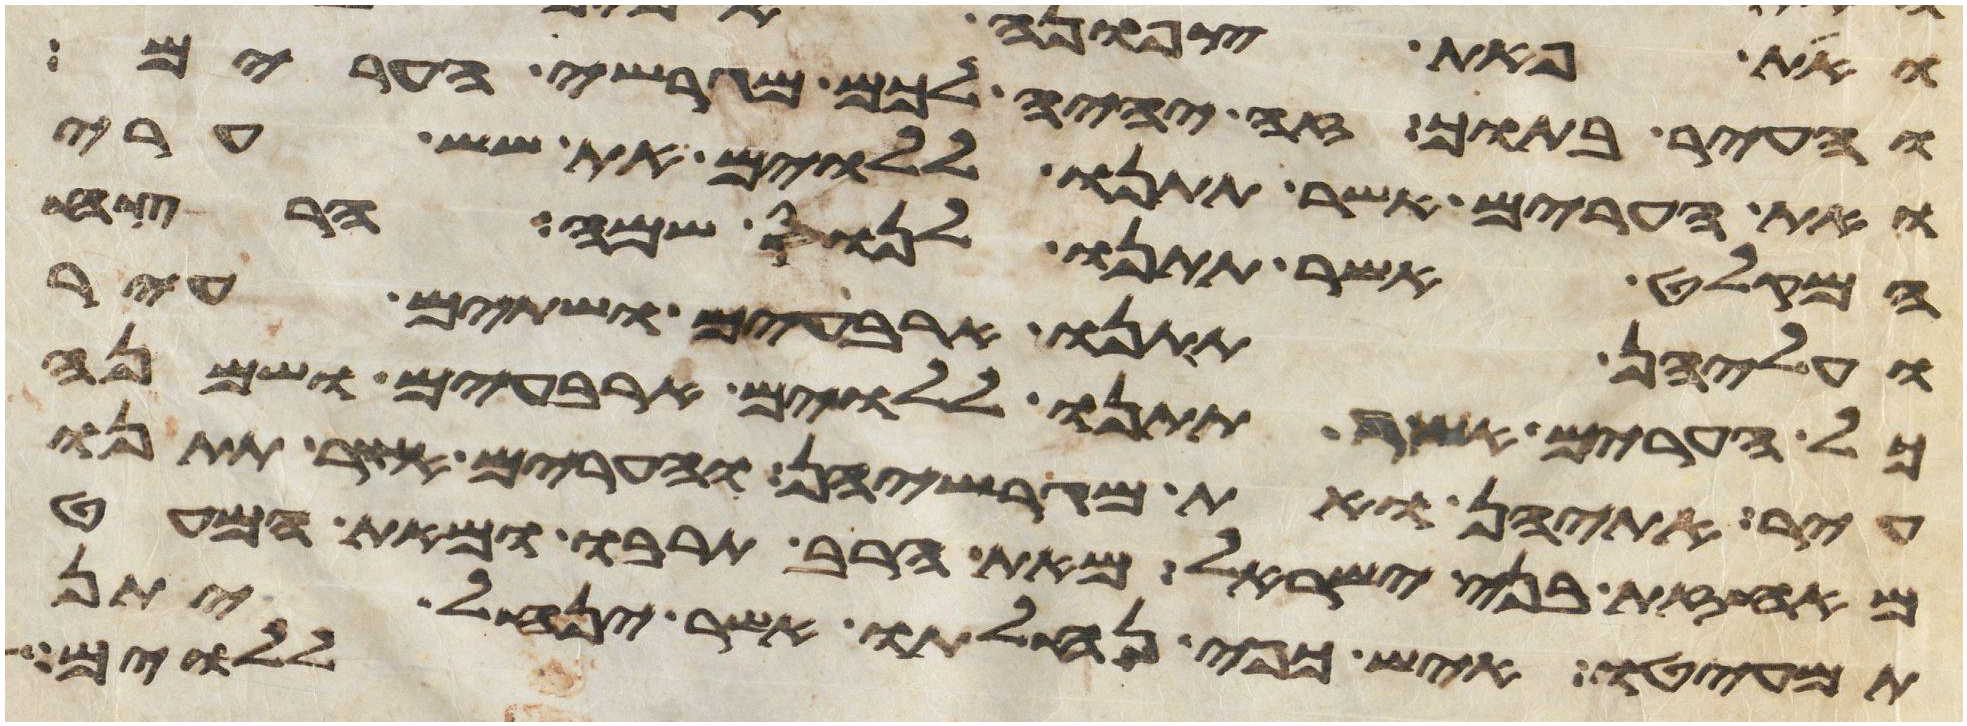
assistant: והעיר בתוך זה יהיה לכם מגרשי הערים
ואת הערים אשר תתנו ללוים את שש ערי
המקלט אשר תתנו לנוס שם הרצח
ועליהן תתנו ארבעים ושתים עיר
כל הערים אשר תתנו ללוים ארבעים ושמנה
עיר אתהן ואת מגרשיהן והערים אשר תתנו
מאחזת בני ישראל מאת הרב תרבו ומאת המעט
תמעיטו איש כפי נחלתו אשר ינחל יתן